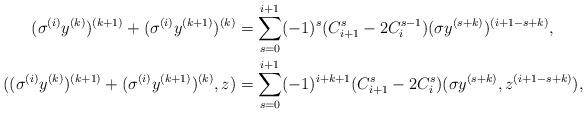
LaTeX: \begin{align*} (\sigma^{(i)} y^{(k)})^{(k+1)} + (\sigma^{(i)} y^{(k+1)})^{(k)} & = \sum_{s = 0}^{i + 1} (-1)^s (C_{i+1}^s - 2 C_i^{s-1})(\sigma y^{(s + k)})^{(i + 1 - s + k)}, \\ ( (\sigma^{(i)} y^{(k)})^{(k+1)} + (\sigma^{(i)} y^{(k+1)})^{(k)}, z) & = \sum_{s = 0}^{i + 1} (-1)^{i + k + 1} (C_{i + 1}^s - 2 C_i^s) ( \sigma y^{(s + k)}, z^{(i + 1 - s + k)}),\end{align*}